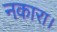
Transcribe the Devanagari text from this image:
नकारा।